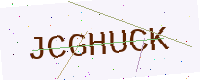
Text: JCGHUCK